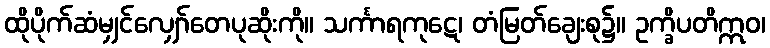
ထိုပိုက်ဆံမျှင်လျှော်တေပုဆိုးကို။ သင်္ကာရကုဋေ၊ တံမြတ်ချေးစု၌။ ဥက္ခိပတိဣဝ၊